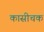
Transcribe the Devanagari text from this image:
कासीचक